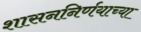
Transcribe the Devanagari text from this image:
शासननिर्णयाच्या